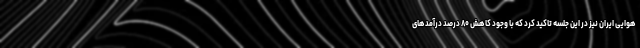
هوایی ایران نیز در این جلسه تاکید کرد که با وجود کاهش ۸۰ درصد درآمدهای